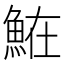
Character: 𩶦